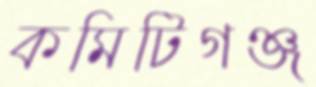
কমিটিগঞ্জ